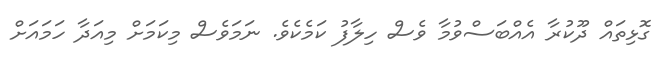
ގޮޅިތައް ދޫކުރާ އެއްބަސްވުމާ ވެސް ހިލާފު ކަމެކެވެ. ނަމަވެސް މިކަމަށް މިއަދާ ހަމައަށް